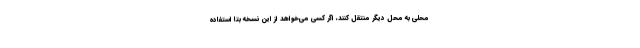
محلی به محل دیگر منتقل کنند، اگر کسی می‌خواهد از این نسخه بتا استفاده